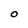
Character: o